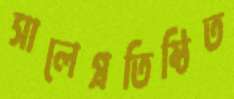
সালেপ্রতিষ্ঠিত